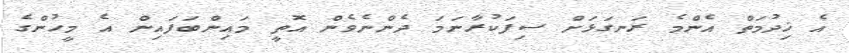
އެ ޚިދުމަތް އެންމެ ރަނގަޅަށް ސިފަކުރާނަމަ ދެންނެވެން އޮތީ މައިންބަފައިން އެ މީހުންގެ